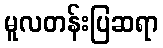
မူလတန်းပြဆရာ